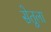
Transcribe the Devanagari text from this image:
सेतूला